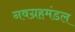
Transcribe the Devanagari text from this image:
नवग्रहमंडल